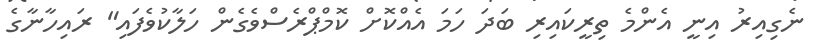
ނެގިއިރު އިނީ އެންމެ ތިރީކައިރި ބަދަ ހަމަ އެއްކޮށް ކޮމްޕްރެސްވެގެން ހަލާކުވެފައި" ރައިހާނާގެ